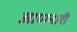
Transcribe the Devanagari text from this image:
आणनारी